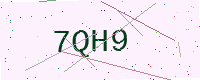
Text: 7QH9